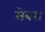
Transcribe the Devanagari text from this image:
सेबर।